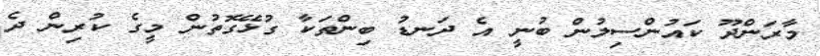
މާރަންދޫ ކައުންސިލުން ބުނީ އެ ދަނޑު ބިންތަކާ ގުޅޭގޮތުން މީގެ ކުރިން ދެ